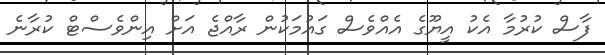
ފާސް ކުރުމާ އެކު އީޔޫގެ އެއްވެސް ގައުމަކުން ރާއްޖެ އަށް އިންވެސްޓް ކުރާނެ